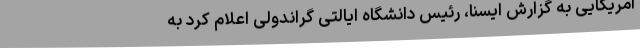
آمریکایی به گزارش ایسنا، رئیس دانشگاه ایالتی گراندولی اعلام کرد به